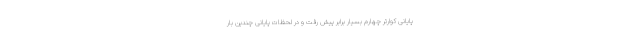
پایانی کوارتر چهارم بسیار برابر پیش رفت و در لحظات پایانی چندین بار